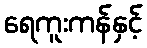
ရေကူးကန်နှင့်